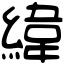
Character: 緯